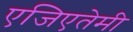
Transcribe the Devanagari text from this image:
एजिएतेमी